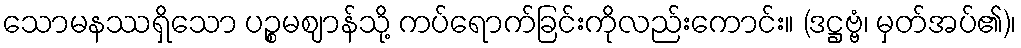
သောမနဿရှိသော ပဉ္စမဈာန်သို့ ကပ်ရောက်ခြင်းကိုလည်းကောင်း။ (ဒဋ္ဌဗ္ဗံ၊ မှတ်အပ်၏)၊